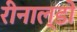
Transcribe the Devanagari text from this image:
रीनाल्डो